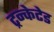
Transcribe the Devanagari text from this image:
ट्रन्केटेड